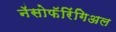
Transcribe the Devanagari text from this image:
नॅसोफॅरिंगिअल